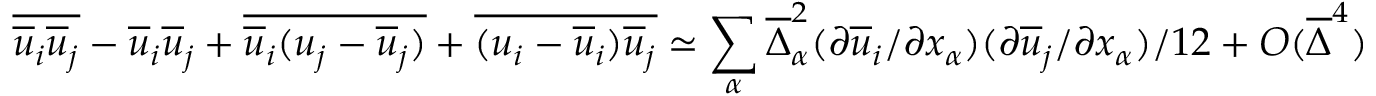
\overline { { \overline { { u } } _ { i } \overline { { u } } _ { j } } } - \overline { { u } } _ { i } \overline { { u } } _ { j } + \overline { { \overline { { u } } _ { i } ( u _ { j } - \overline { { u } } _ { j } ) } } + \overline { { ( u _ { i } - \overline { { u } } _ { i } ) \overline { { u } } _ { j } } } \simeq \sum _ { \alpha } \overline { { \Delta } } _ { \alpha } ^ { 2 } ( \partial \overline { { u } } _ { i } / \partial x _ { \alpha } ) ( \partial \overline { { u } } _ { j } / \partial x _ { \alpha } ) / 1 2 + O ( \overline { { \Delta } } ^ { 4 } )